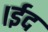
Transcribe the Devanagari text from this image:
।ईद